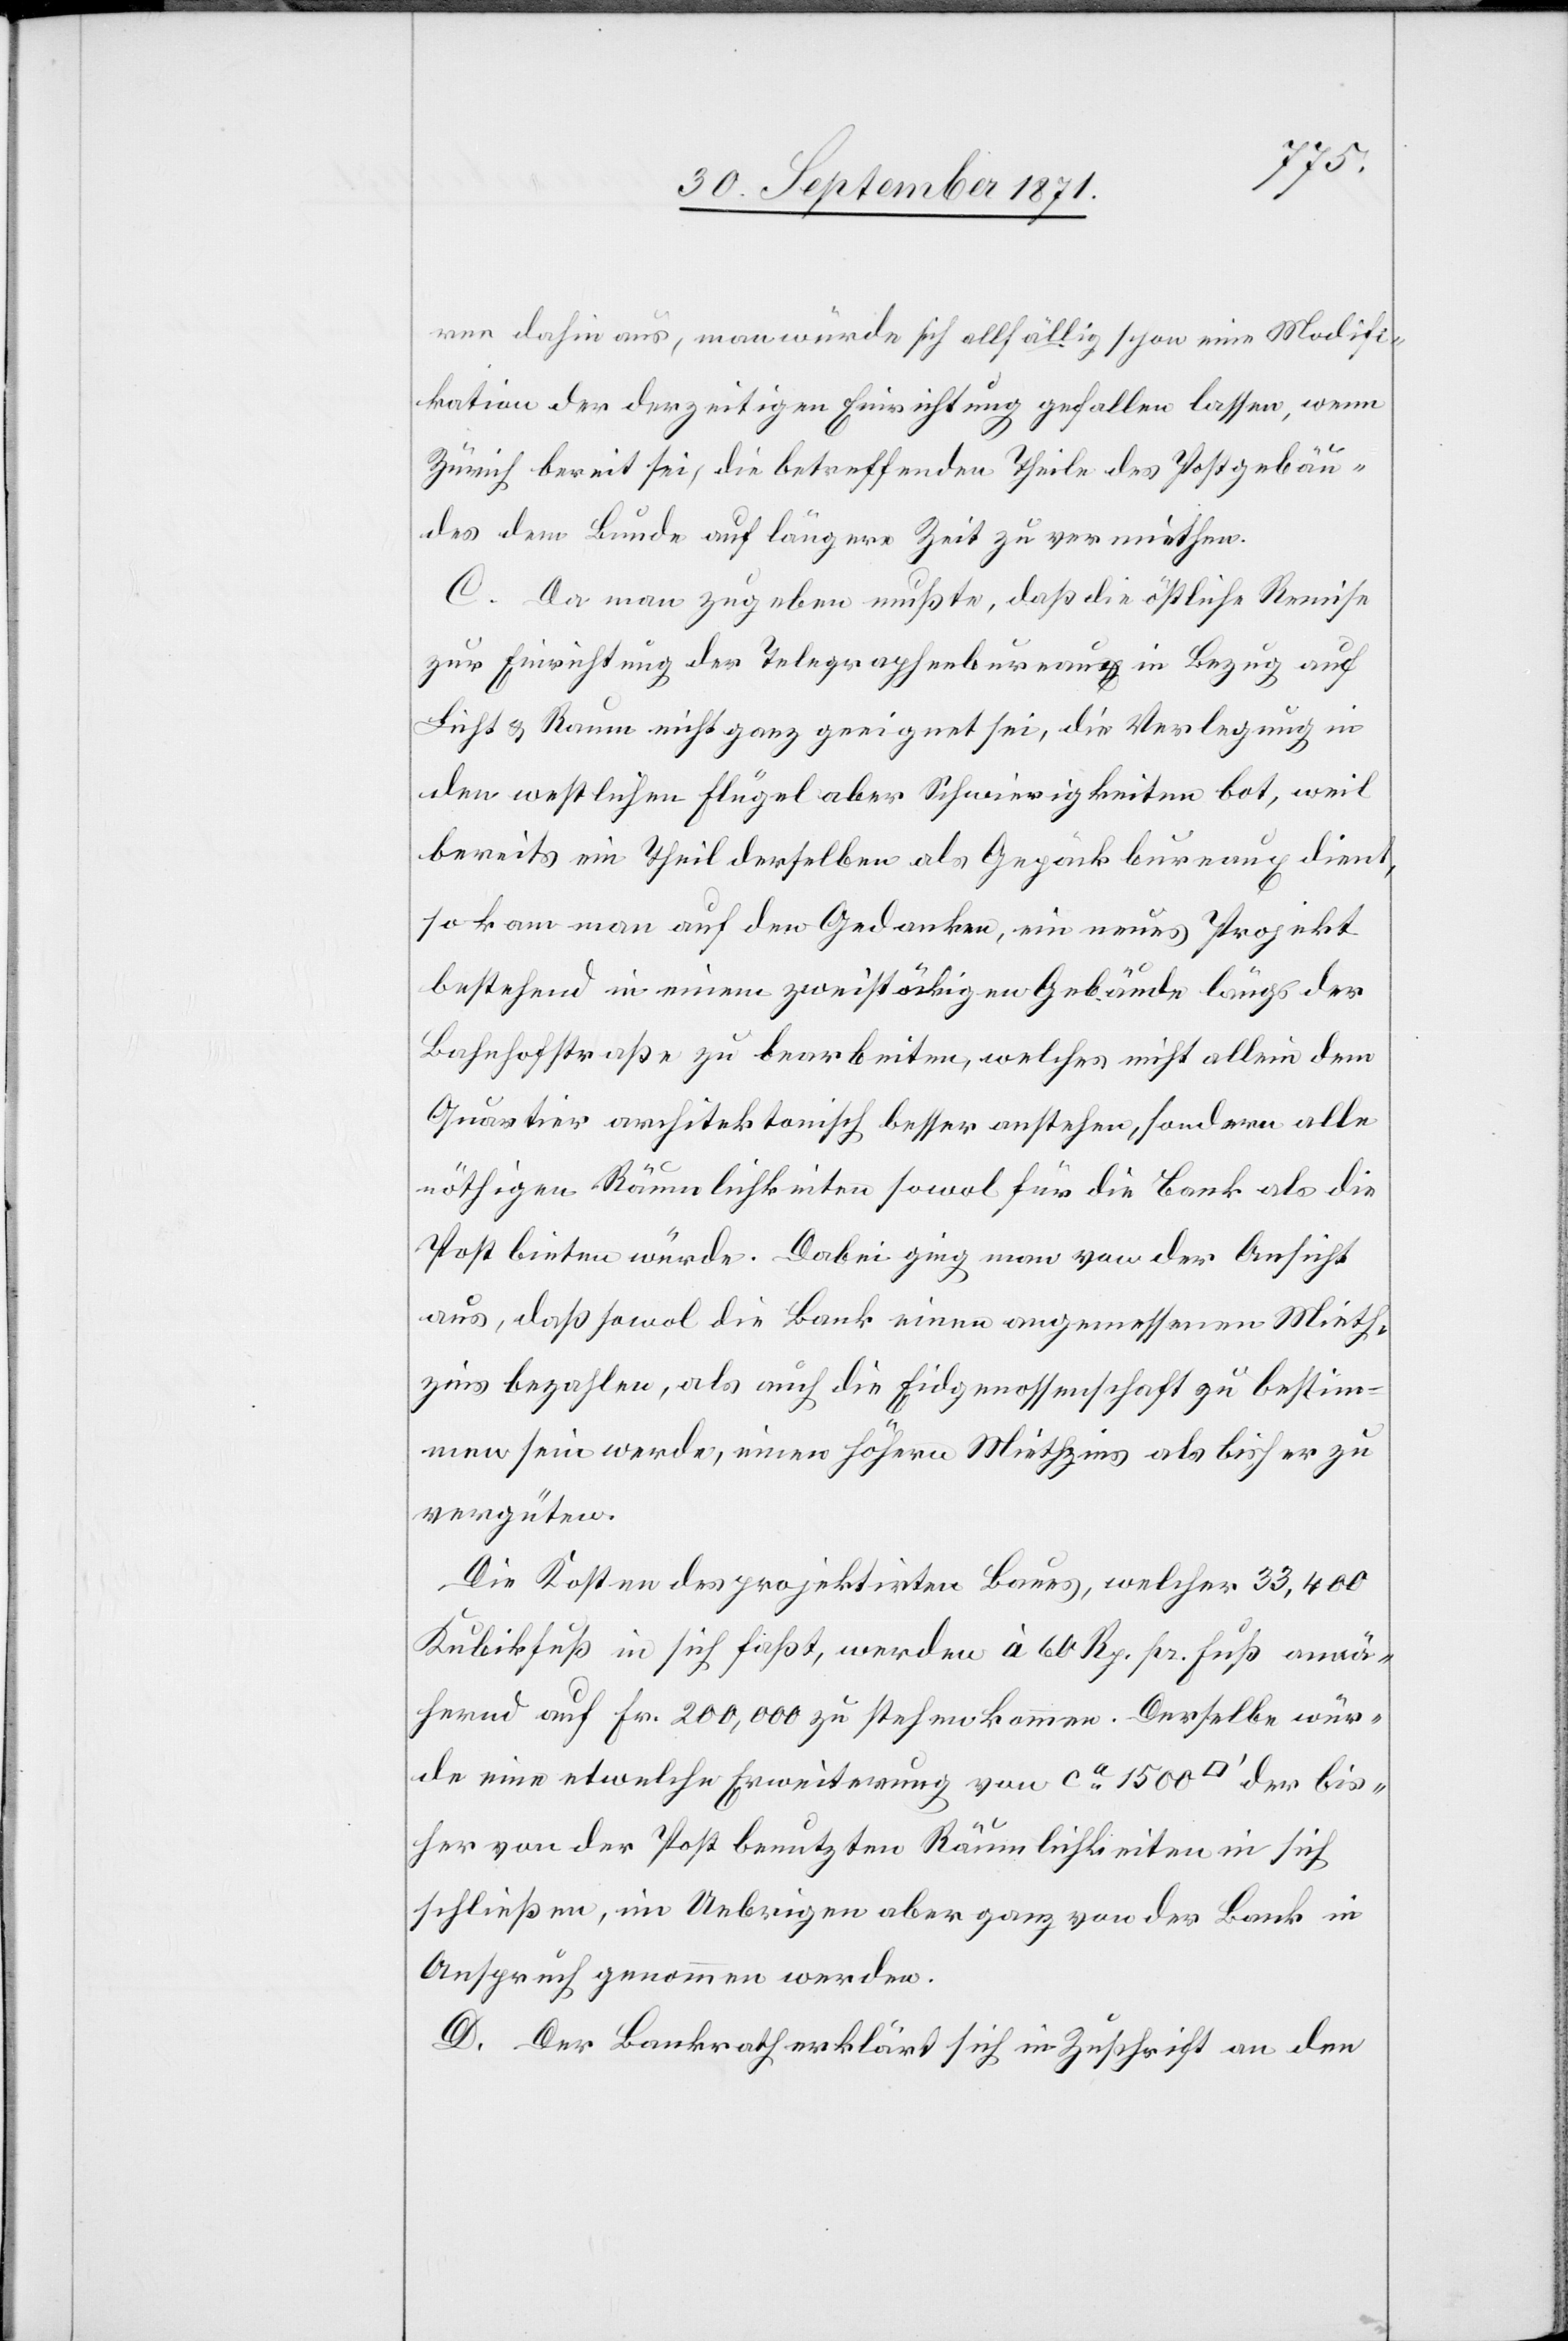
rer dahin aus, man würde sich allfällig schon eine Modifi¬
kation der derzeitigen Einrichtung gefallen lassen, wenn
Zürich bereit sei, die betreffenden Theile des Postgebäu¬
des dem Bunde auf längere Zeit zu vermiethen.
C. Da man zugeben musste, daß die östliche Remise
zur Einrichtung der Telegraphenbureaux in Bezug auf
Licht & Raum nicht ganz geeignet sei, die Verlagerung in
den westlichen Flügel aber Schwierigkeiten bot, weil
bereits ein Theil derselben als Gepäckbureaux dient,
so kam man auf den Gedanken, ein neues Projekt
bestehend in einem zweistöckigen Gebäude längs der
Bahnhofstraße zu bearbeiten, welches nicht allein dem
Quartier architektonisch besser anstehe, sondern alle
nöthigen Räumlichkeiten sowol für die Bank als die
Post bieten würde. Dabei ging man von der Ansicht
aus, daß sowol die Bank einen angemessenen Mieth¬
zins bezahlen, als auch die Eidgenossenschaft zu bestim¬
men sein werde, einen höhern Miethzins als bisher zu
vergüten.
Die Kosten des projektirten Baues, welcher 33,400
Kubikfuß in sich faßt, werden à 60 Rp. pr. Fuß annä¬
hernd auf Fr. 200,000 zu stehen kommen. Derselbe wür¬
de eine etwelche Erweiterung von ca 1500 [Quadratfuss] der bis¬
her von der Post benutzten Räumlichkeiten in sich
schließen, in Uebringen aber ganz von der Bank in
Anspruch genommen werden.
D. Der Bankrath erklärt sich in Zuschrift an den